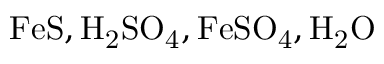
\mathrm { F e S } , \mathrm { H _ { 2 } S O _ { 4 } } , \mathrm { F e S O _ { 4 } } , \mathrm { H _ { 2 } O }